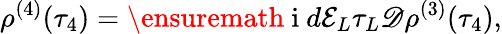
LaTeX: \rho^{(4)}(\tau_{4})=\ensuremath{\mathrm{~i~}}d\mathcal{E}_{L}\tau_{L}\mathscr{D}\rho^{(3)}(\tau_{4}),